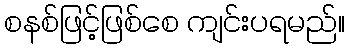
စနစ်ဖြင့်ဖြစ်စေ ကျင်းပရမည်။